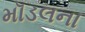
મૉડલના